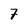
Character: 7